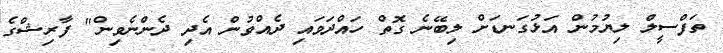
ތަފްސީލް ލިޔުމުން އަޅުގަނޑަށް ލިބޭނެ ގޮތް ހައްދަވައި ދެއްވުން އެދި ދެންނެވިން" ފާރިޝްގެ